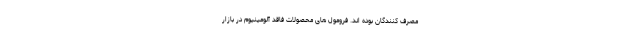
مصرف کنندگان بوده اند. فرومول های محصولات فاقد آلومینیوم در بازار